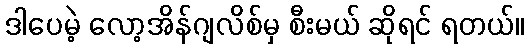
ဒါပေမဲ့ လော့အိန်ဂျလိစ်မှ စီးမယ် ဆိုရင် ရတယ်။